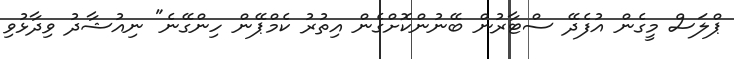
ޕްލަސް މީގެން އުފެދޭ ސްޓާރުން ބޭނުންކޮށްގެން އިތުރު ކެމްޕޭން ހިންގޭނެ" ނިއުޝާދު ވިދާޅުވި